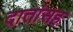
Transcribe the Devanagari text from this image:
दातांसह